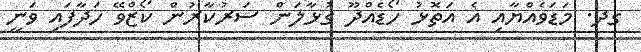
ގދ. މަޑަވެއްޔާއި އެ އަތޮޅު ހޯޑެއްދޫ ގުޅާލަން ސަރުކާރުން ކޯޒްވޭ ހަދާފައި ވަނީ